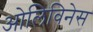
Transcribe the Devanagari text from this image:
ओलिविनेस